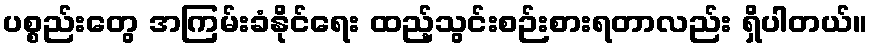
ပစ္စည်းတွေ အကြမ်းခံနိုင်ရေး ထည့်သွင်းစဉ်းစားရတာလည်း ရှိပါတယ်။